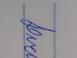
Signature authenticity: genuine